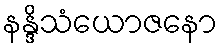
နန္ဒိသံယောဇနော